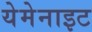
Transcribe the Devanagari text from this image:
येमेनाइट